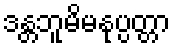
ဒန္တဘူမိမနုပ္ပတ္တာ